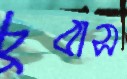
চুবাস